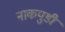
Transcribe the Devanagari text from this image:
नाकपुडी